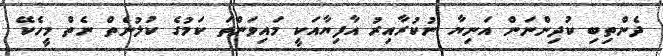
ދެންތިބި ކުދިންނަން އަނިޔާ ނުކުރާއިރު އާފިޔާއަކީ މައިވަންތަ ކަމުގެ ކުލުނެތް ނެތް މީހެކޭ